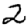
Digit: 2